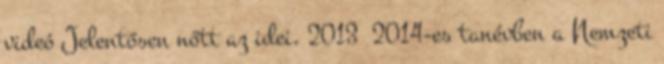
videó Jelentősen nőtt az idei, 2013 2014-es tanévben a Nemzeti